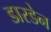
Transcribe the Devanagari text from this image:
डारडेन